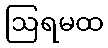
ဩရမထ